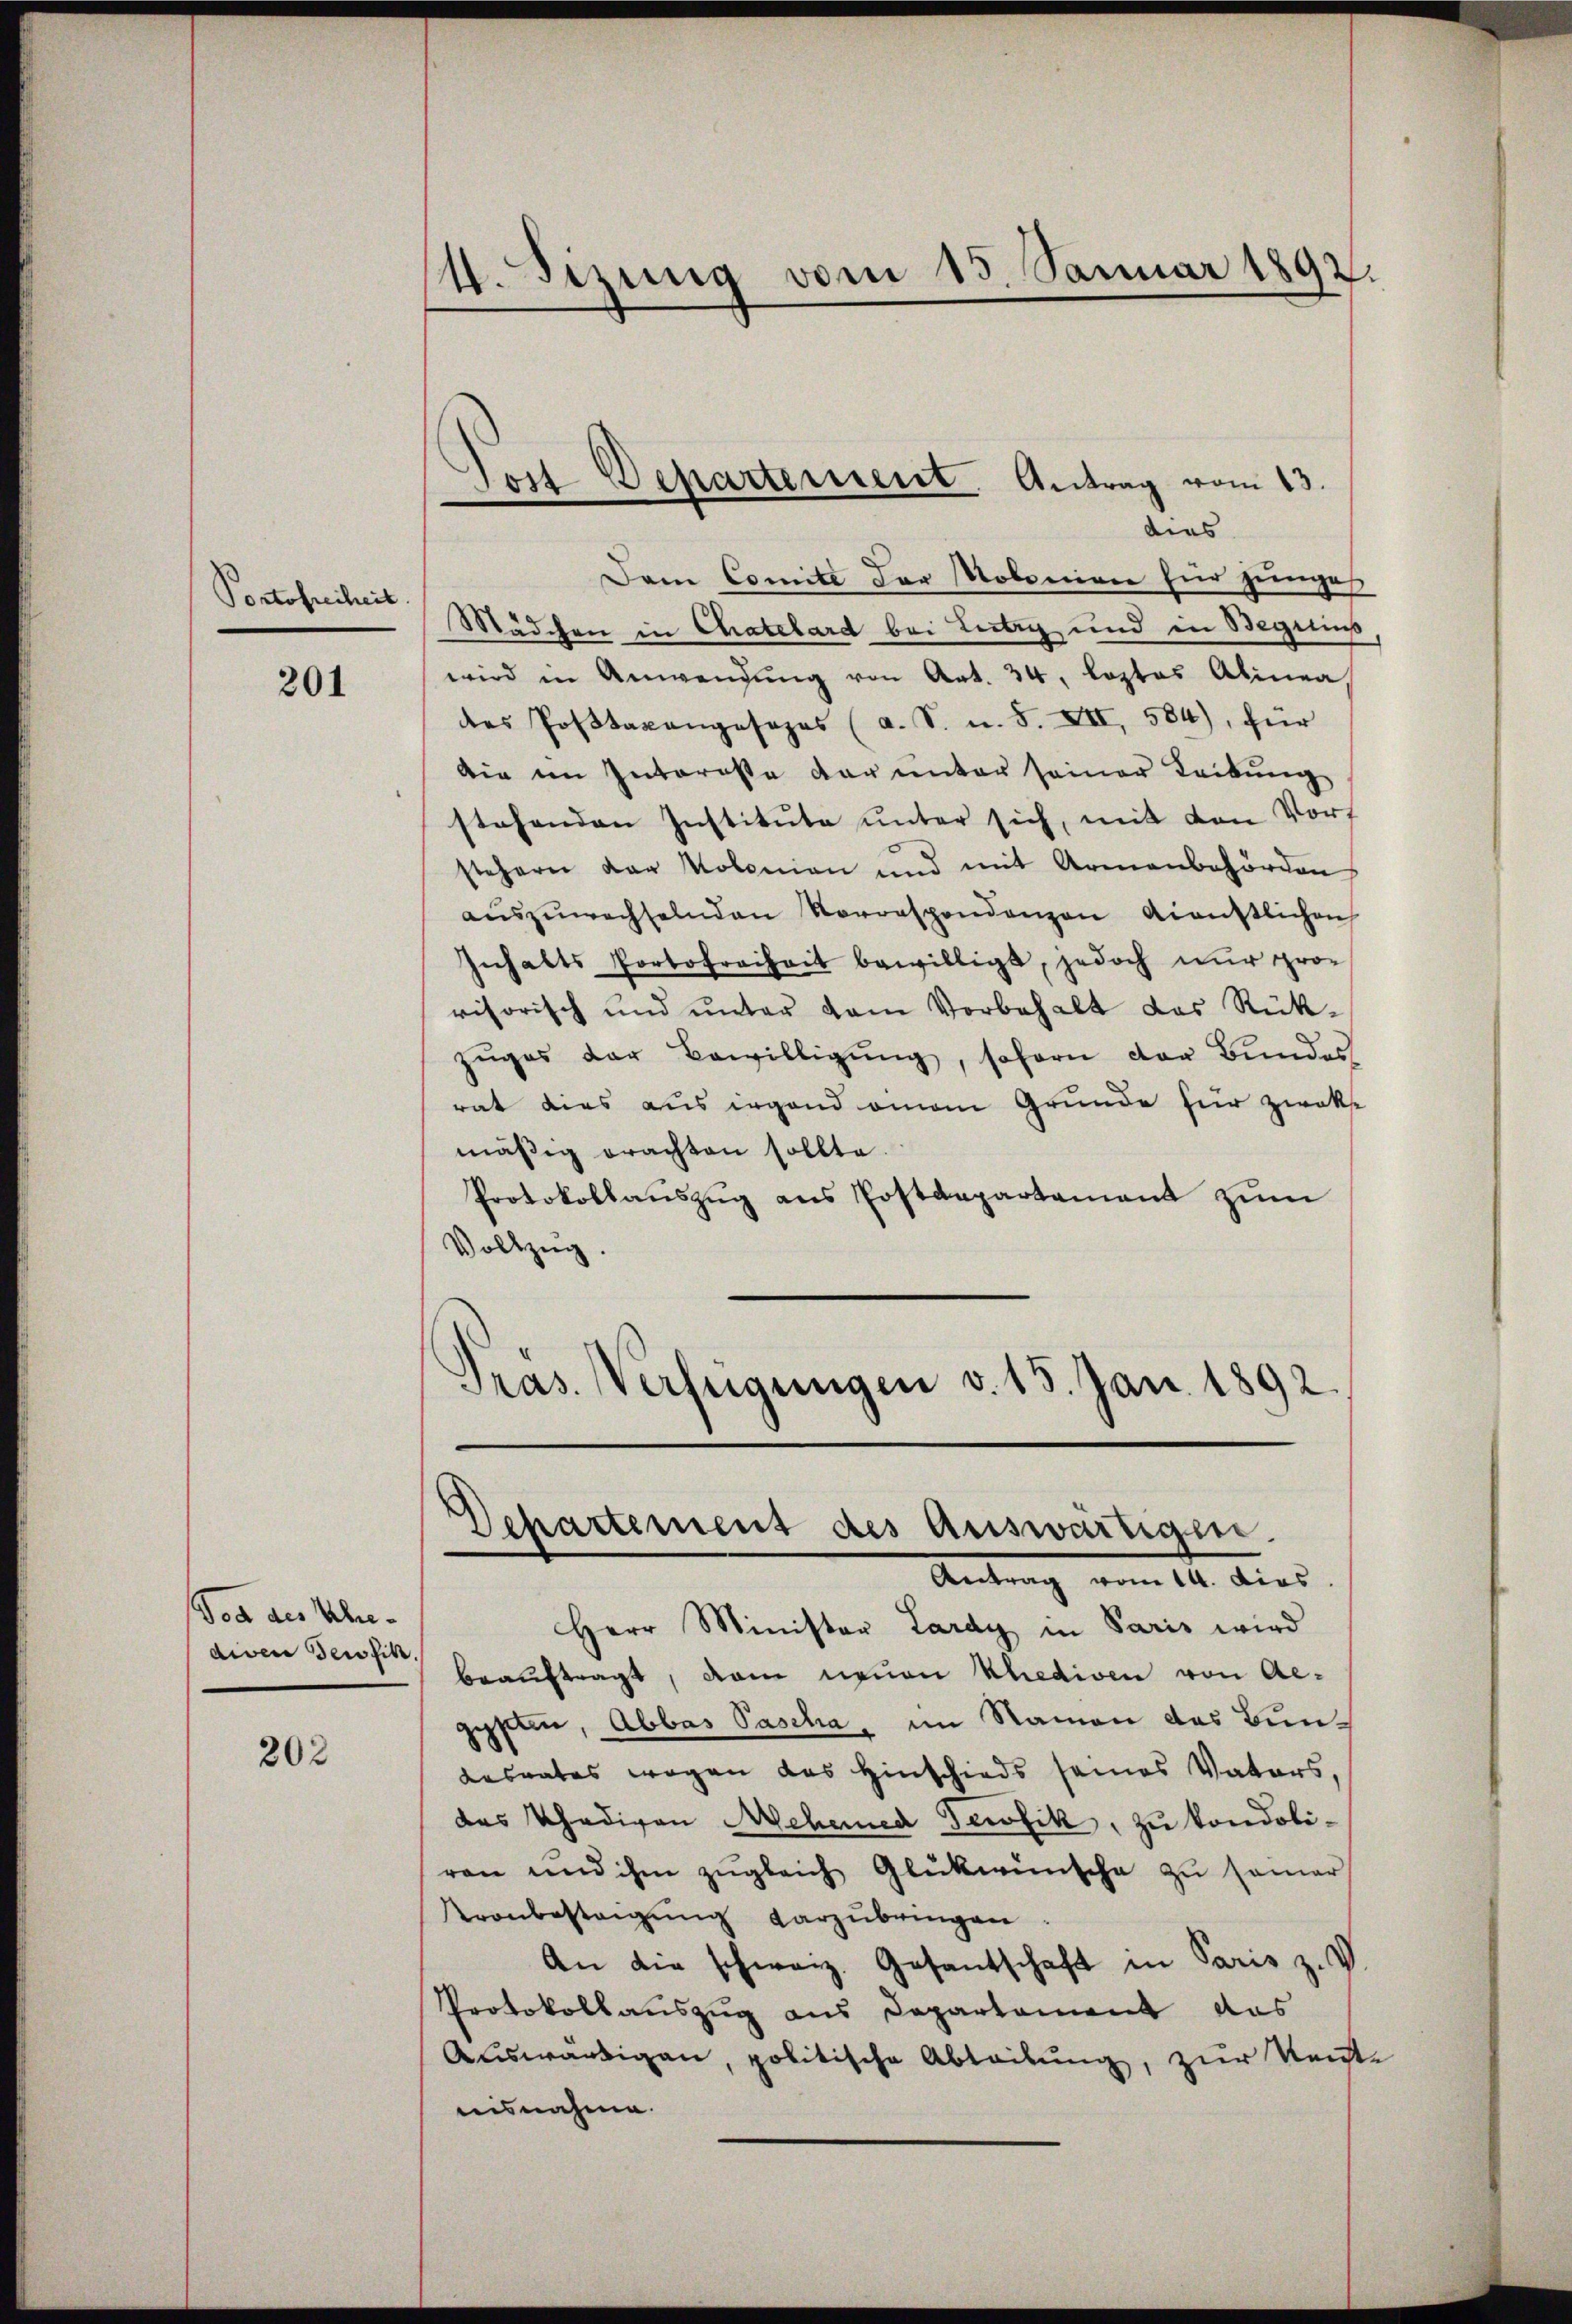
Portofreiheit
201

Von des Uhrediven Beisin

202

Dem Comité der Robonien für junge
Mädchen in Chatelard bei Lietry und in Beginns
wird in Anwendŭng von Art. 24, leztes Alinea,
des Postaxanpasopas (a. S. u. S. XII, 584), für
die im Interesse der unter seiner Leibung
stehenden Institute unter sich, mit den Vort
stehern der Molonian und mit Armenbehörden
aŭszŭwechselnden Vorrespondenzen dienstlichen
Inhalts Portofreiheit bewilligt, jedoch nur pro-
visorisch und ŭnter vom Vorbehalt das Rück-
zŭges der Bewilligŭng, soforn der Bundes
rat dies aus irgend einem Grunde für zwekse
mäßig erachten sollte.
Protokollaŭszŭg ans Postdepartamant zum
Vollzug.
Pras. Verfügungen v. 15. Jan. 1892.

s
4. Setzung vom 15. Januar 1892.

Tott Departement Antrag vom 13.
dies

Departement des Auswärtigene
Antrag vom 14. dies

Herr Minister Lardy in Paris wird
beauftragt, dem neuen Khediven von Aegypten, Abbas Pascha, im Namen das Bundasnates wegen das Hinschieds seines Vaters,
das Thadigen Mehered Tewfik, zu kondoliren und ihm zŭgleich Glückwünsche zu samer
Kronbestrigung darzubringen
An die schweiz. Gesantschaft in Paris z. V.
Protokollauszug aus Departament das
Auswärtigen, politische Ableibung, zur Konste
nisnahme.